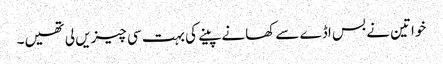
خواتین نے بس اڈے سے کھانے پینے کی بہت سی چیزیں لی تھیں۔